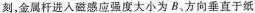
刻，金属杆进入磁感应强度大小为B、方向垂直于纸